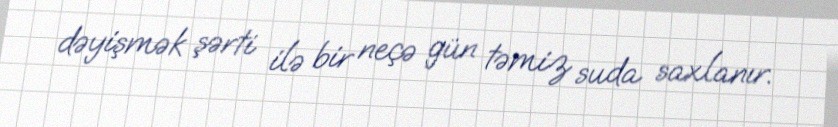
dəyişmək şərti ilə bir neçə gün təmiz suda saxlanır.